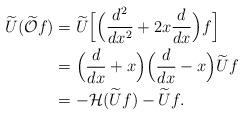
LaTeX: \begin{align*}\begin{aligned} \widetilde{U}(\widetilde{\mathcal{O}} f) &= \widetilde{U}\Big[\Big(\frac{d^2}{dx^2}+2x\frac{d}{dx}\Big)f\Big] \\&= \Big(\frac{d}{dx}+x\Big)\Big(\frac{d}{dx}-x\Big)\widetilde{U}f \\&=- \mathcal{H}(\widetilde{U} f) - \widetilde{U}f.\end{aligned}\end{align*}